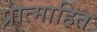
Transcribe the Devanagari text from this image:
प्रात्माहित